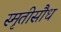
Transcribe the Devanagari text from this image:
स्मृतीसौध